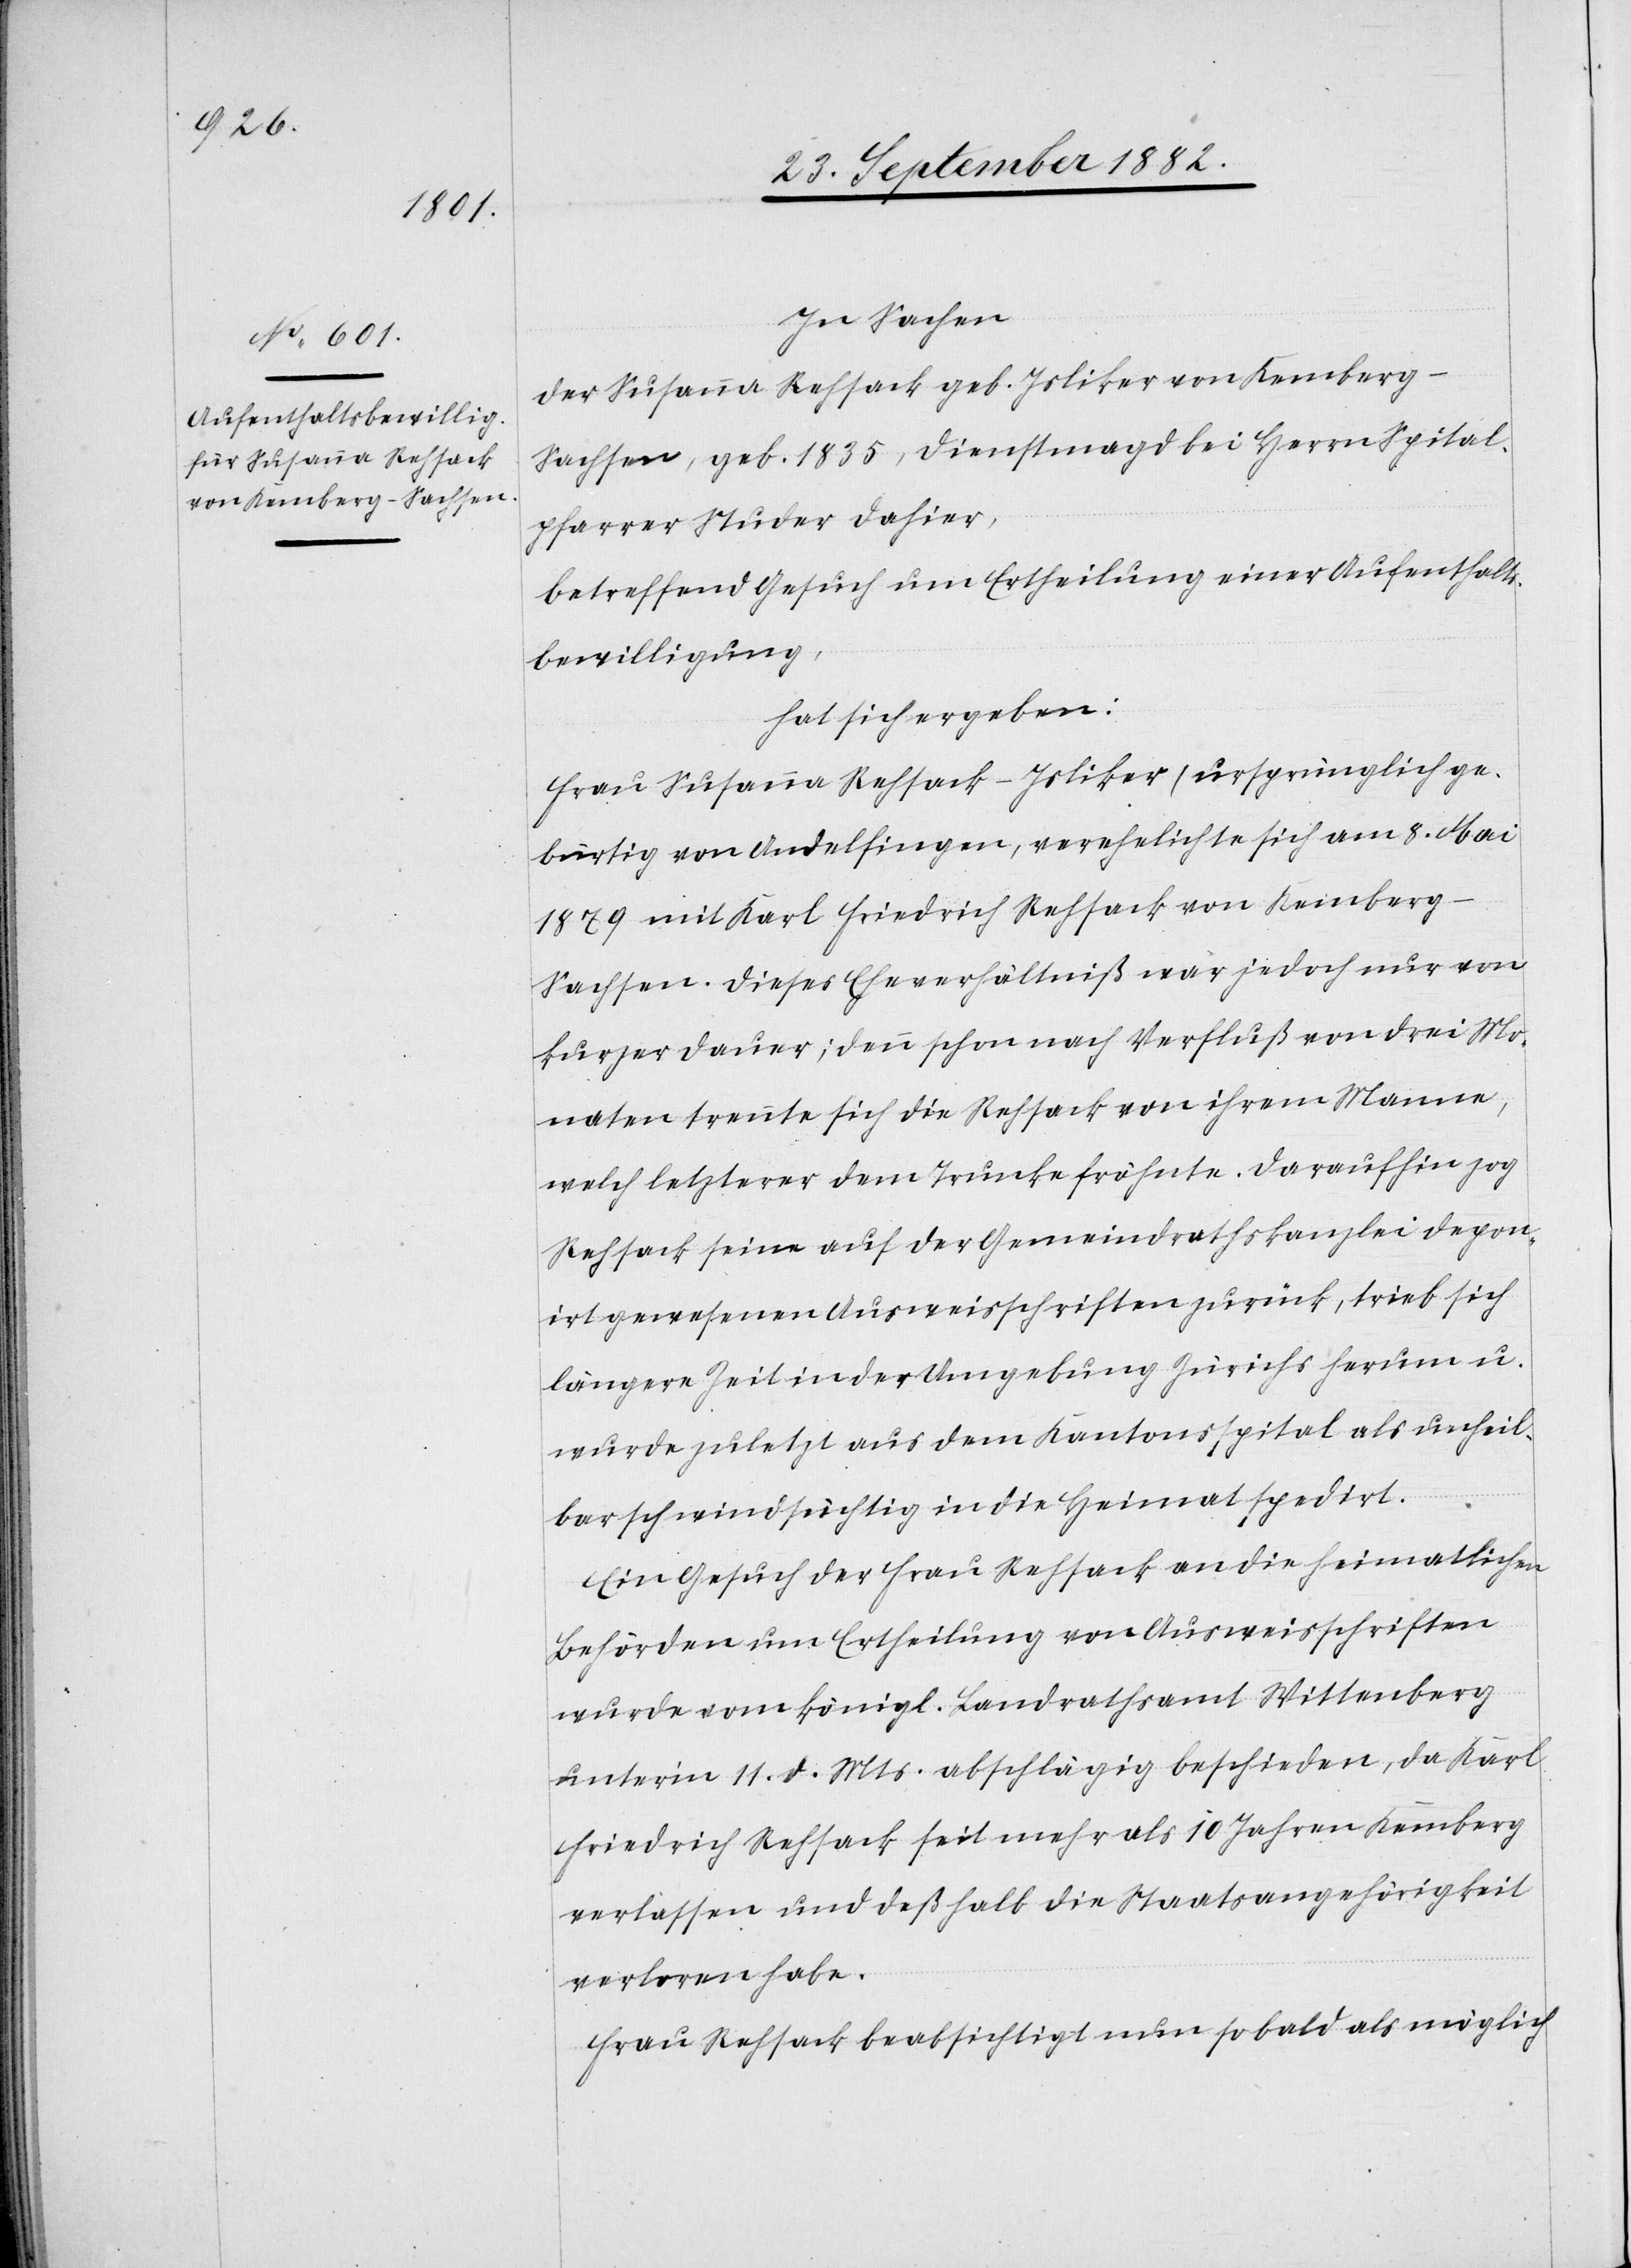
In Sachen
der Susanna Rehsack geb. Isliker von Kemberg
Sachsen, geb. 1835, Dienstmagd bei Herrn Spital¬
pfarrer Studer dahier,
betreffend Gesuch um Ertheilung einer Aufenthalts¬
bewilligung,
hat sich ergeben:
Frau Susanna Rehsack-Isliker (ursprünglich ge¬
bürtig von Andelfingen), verehelichte sich am 8. Mai
1879 mit Karl Friedrich Rehsack von Kemberg
Sachsen. Dieses Eheverhältniß war jedoch nur von
kurzer Dauer; denn schon nach Verfluß von drei Mo¬
naten trennte sich die Rehsack von ihrem Manne,
welch letzterer dem Trunke fröhnte. Daraufhin zog
Rehsack seine auf der Gemeindrathskanzlei depon¬
irt gewesenen Ausweisschriften zurück, trieb sich
längere Zeit in der Umgebung Zürichs herum u.
wurde zuletzt aus dem Kantonsspital als unheil¬
bar schwindsüchtig in die Heimat spedirt.
Ein Gesuch der Frau Rehsack an die heimatlichen
Behörden um Ertheilung von Ausweisschriften
wurde vom königl. Landrathsamt Wittenberg
unter’m 11. d. Mts. abschlägig beschieden, da Karl
Friedrich Rehsack seit mehr als 10 Jahren Kemberg
verlassen und deßhalb die Staatsangehörigkeit
verloren habe.
Frau Rehsack beabsichtigt nun so bald als möglich